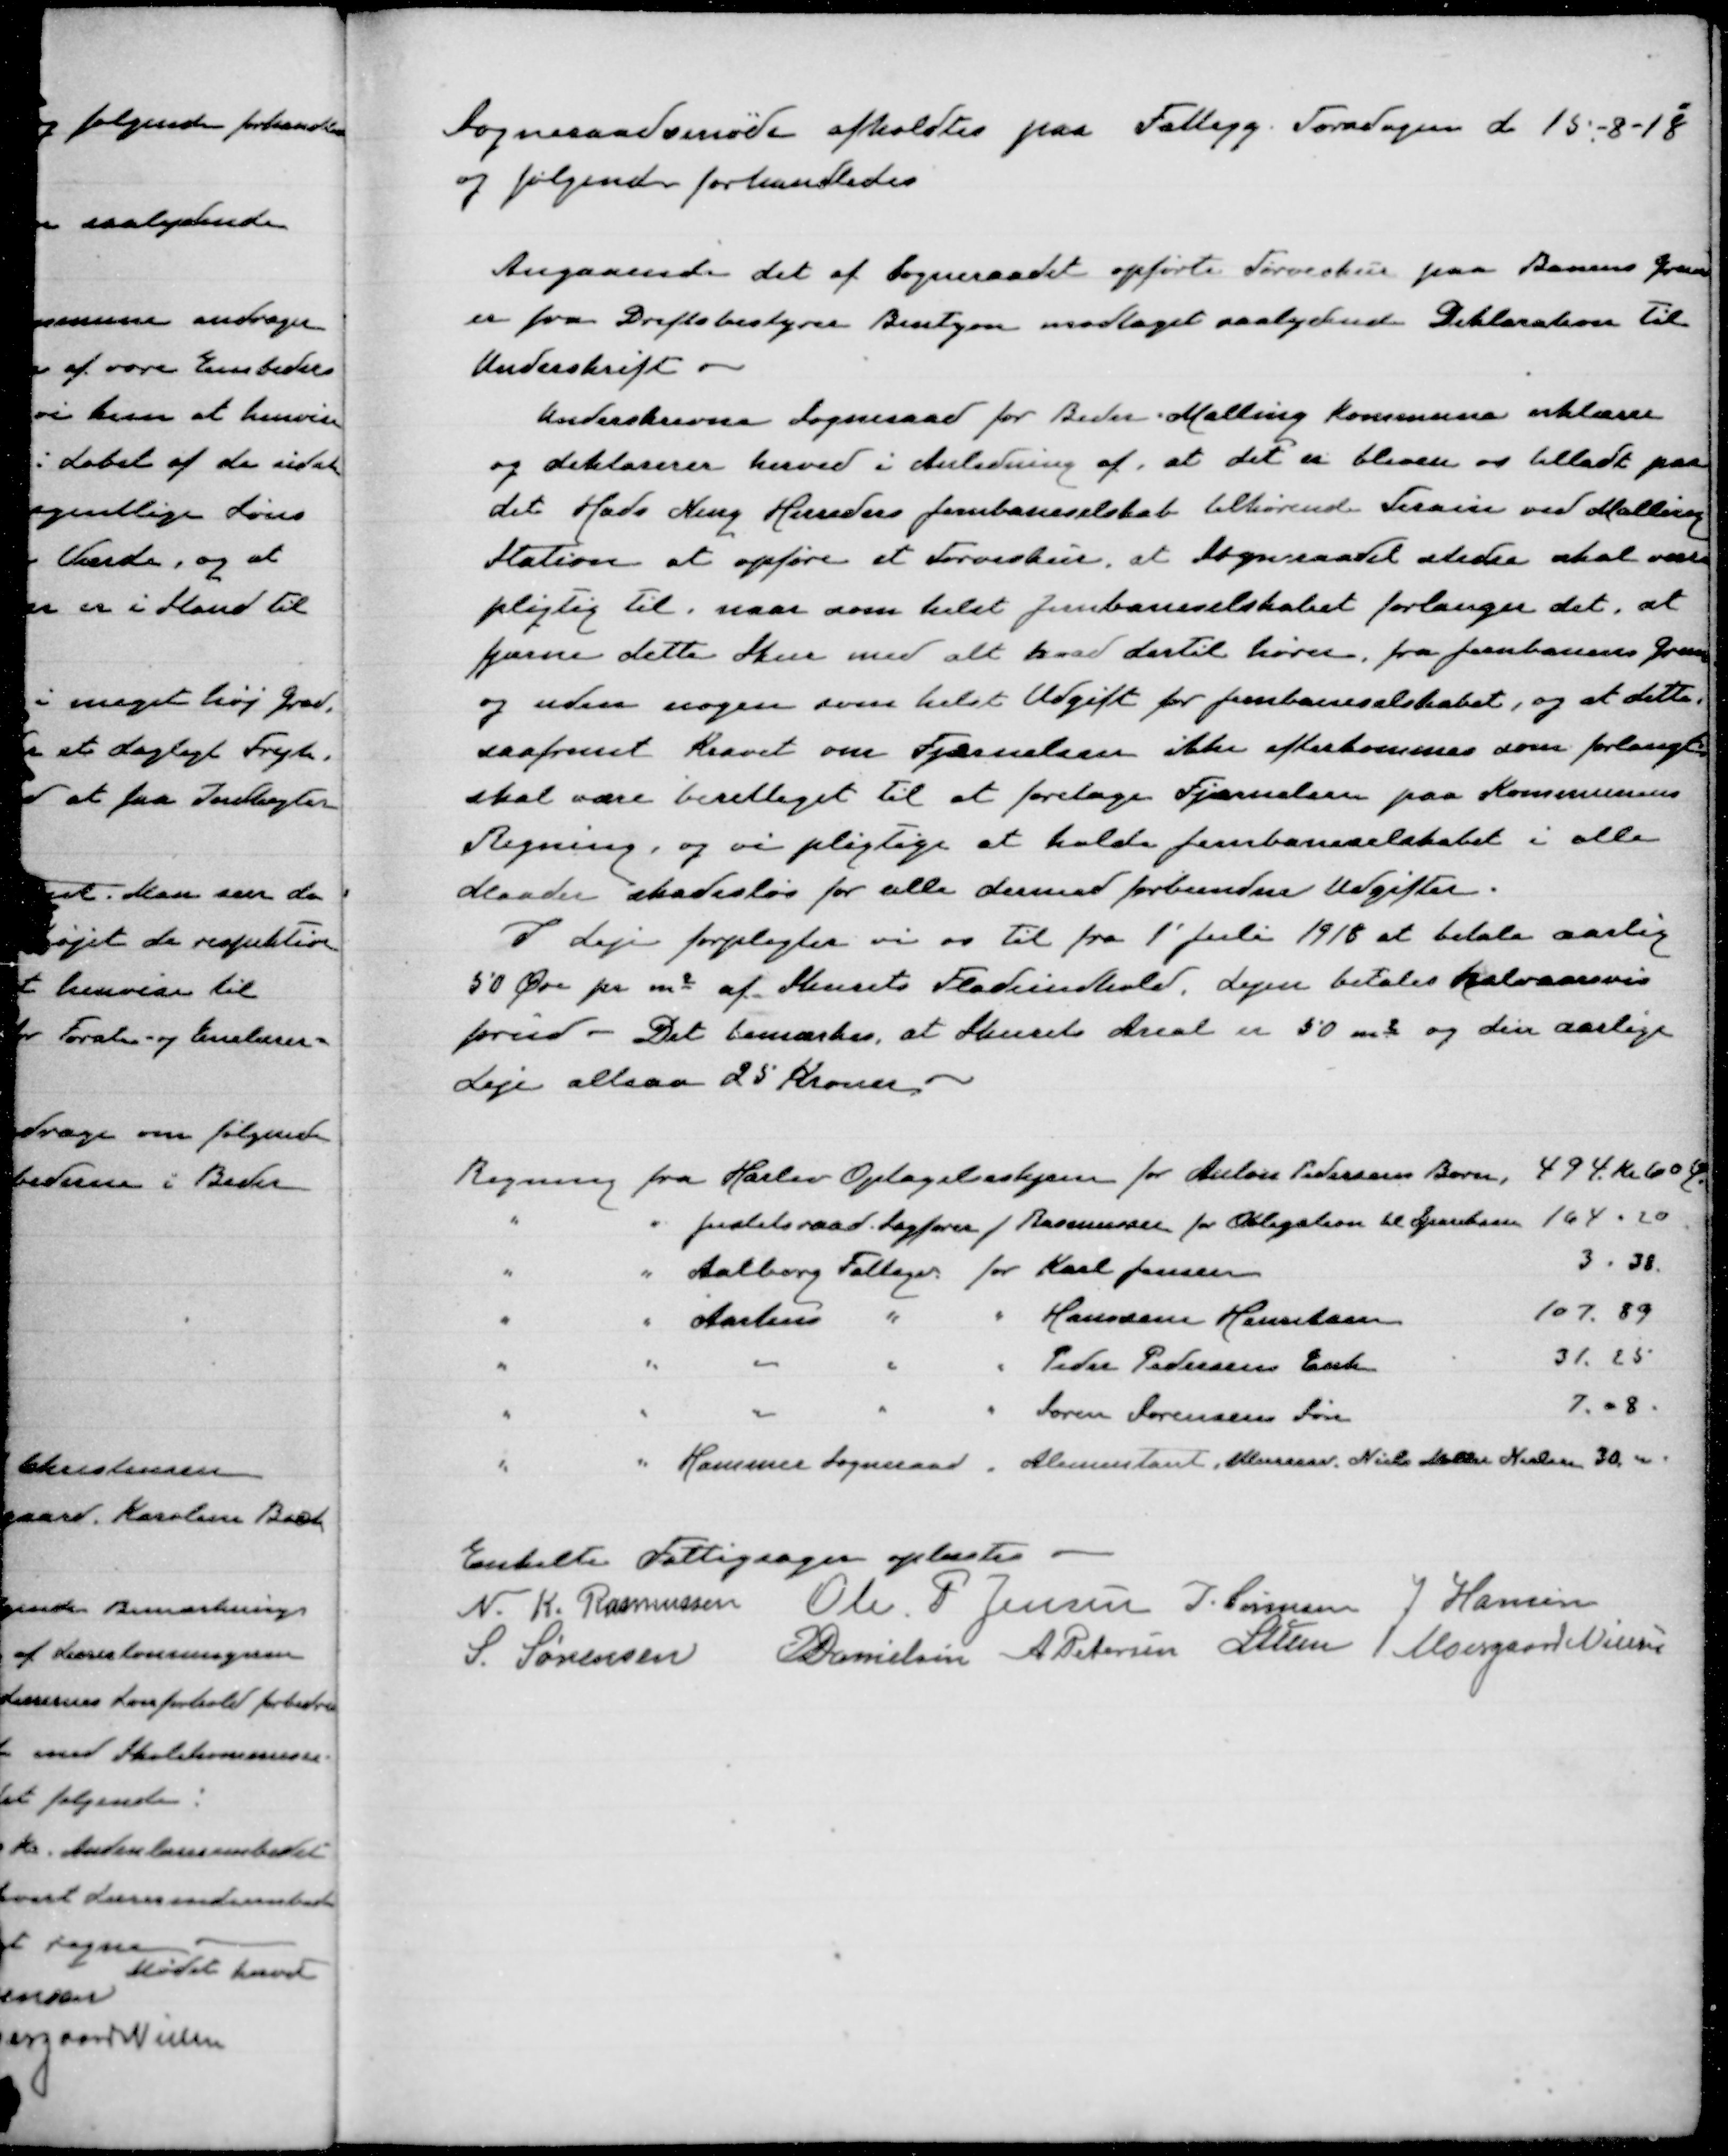
Transskription:
Sogneraadsmøde afholdtes paa Fattigg. Torsdagen d 15-8-18
og følgende forhandledes

Angaaende det af Sogneraadet opførte Tørveskur paa Banens Grund
er fra Driftsbestyrer Bentzen modtaget saalydende Deklaration til
Underskrift.
Underskrevne Sogneraad for Beder Malling kommune erklærer
og deklarerer herved i Anledning af, at det er bleven os tilladt paa
det Hads Ning Herreders Jernbaneselskab tilhørende Terræn ved Malling
Station at opføre et Tørveskur, at Sogneraadet stedse skal være
pligtig til, naar som helst Jernbaneselskabet forlanger det, at
fjerne dette Skur med alt hvad dertil hører, fra Jernbanens Grund
og uden nogen som helst Udgift for Jernbaneselskabet, og at dette,
saafremt Kravet om Fjernelsen ikke efterkommes som forlangt
skal være berettiget til at foretage Fjernelsen paa Kommunens
Regning, og vi pligtige at holde Jernbaneselskabet i alle
Maader skadesløs for alle dermed forbundne Udgifter.
I Leje forpligter vi os til fra 1' juli 1918 at betale aarlig
50 øre pr. m2 af Skurets Fladeindhold, Lejen betales halvaarsvis
forud - Det bemærkes, at Skurets Areal er 50 m2 og den aarlige
Leje altsaa 25 Kroner

Enkelte Fattigsater oplæstes
N.K. Rasmussen
Ole P. Jensen
J. Sørensen
J Hansen
J. Sørensen
E Danielsen
A. Petersen
P Lunn
Moesgaard Nielsen